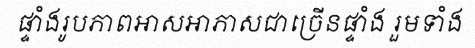
ផ្ទាំងរូបភាពអាសអាភាសជាច្រើនផ្ទាំង រួមទាំង